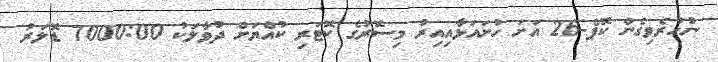
ނުހުރެވިގެން ކޮޕް-26 އަށަ ހުށައަޅާއިއިރު މިސޮރުގެ ކޮޓަރި ކުއްޔަށް ދުވާލަކު 7000:00 ޑޮލަރު